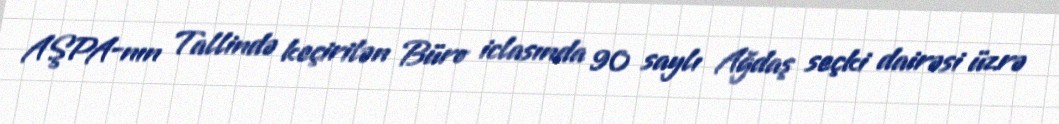
AŞPA-nın Tallində keçirilən Büro iclasında 90 saylı Ağdaş seçki dairəsi üzrə